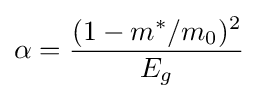
\alpha ={\frac {(1-m^{*}/m_{0})^{2}}{E_{g}}}